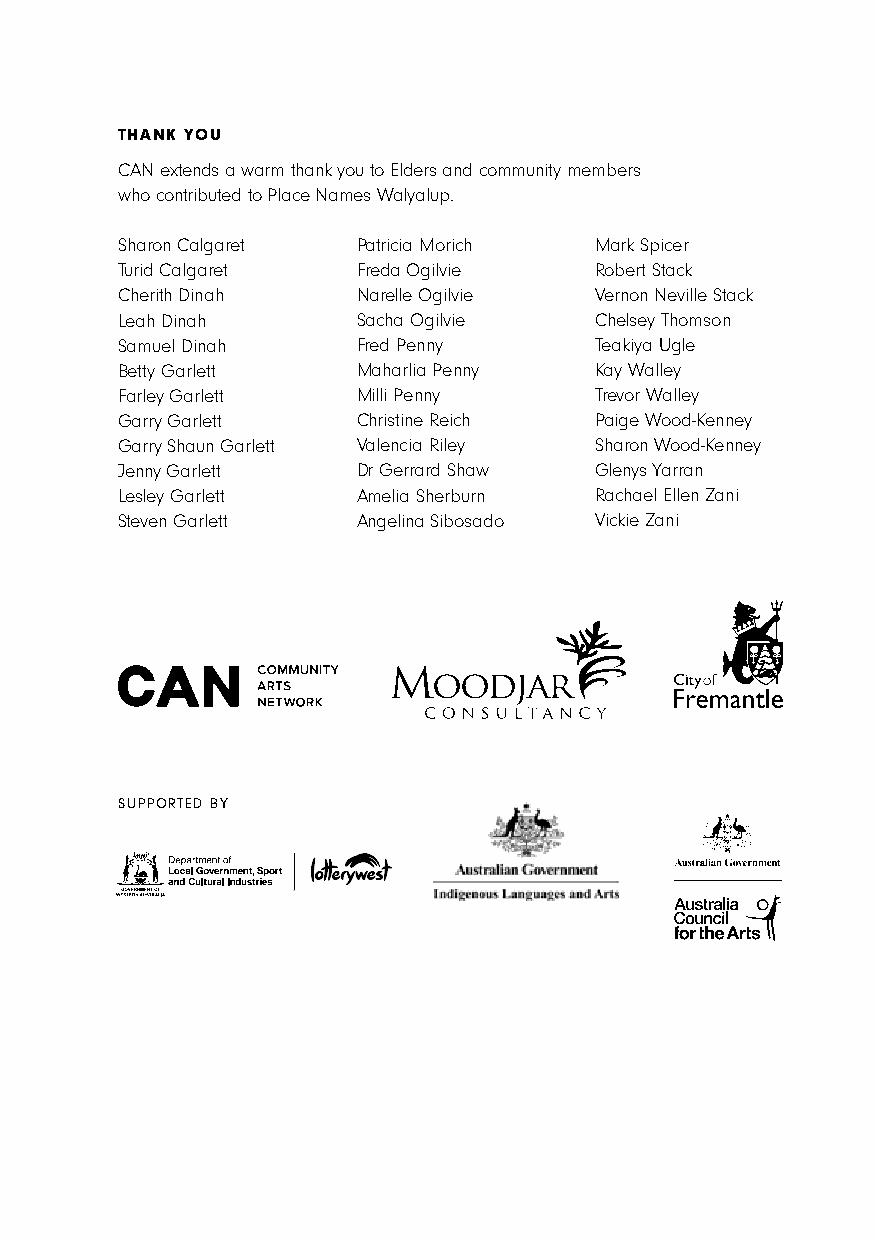
THANK YOU
 CAN extends a warm thank you to Elders and community members
 who contributed to Place Names Walyalup.
 Sharon Calgaret Patricia Morich Mark Spicer
 Turid Calgaret  Freda Ogilvie  Robert Stack
 Cherith Dinah   Narelle Ogilvie Vernon Neville Stack
 Leah Dinah      Sacha Ogilvie  Chelsey Thomson
 Samuel Dinah    Fred Penny     Teakiya Ugle
 Betty Garlett   Maharlia Penny Kay Walley
 Farley Garlett  Milli Penny    Trevor Walley
 Garry Garlett   Christine Reich Paige Wood-Kenney
 Garry Shaun Garlett Valencia Riley Sharon Wood-Kenney
 Jenny Garlett   Dr Gerrard Shaw Glenys Yarran
 Lesley Garlett  Amelia Sherburn Rachael Ellen Zani
 Steven Garlett  Angelina Sibosado Vickie Zani
 SUPPORTED BY